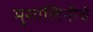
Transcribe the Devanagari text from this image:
मुसोलिनीचे